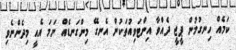
ކަމެއް ހިނގުމުން ޕީޖީ ދެއްވާ އިންޓަވިއުތަކުން އެނގޭ މިންގަނޑެއް ނަމަ އެއީ މިދެންނެވި